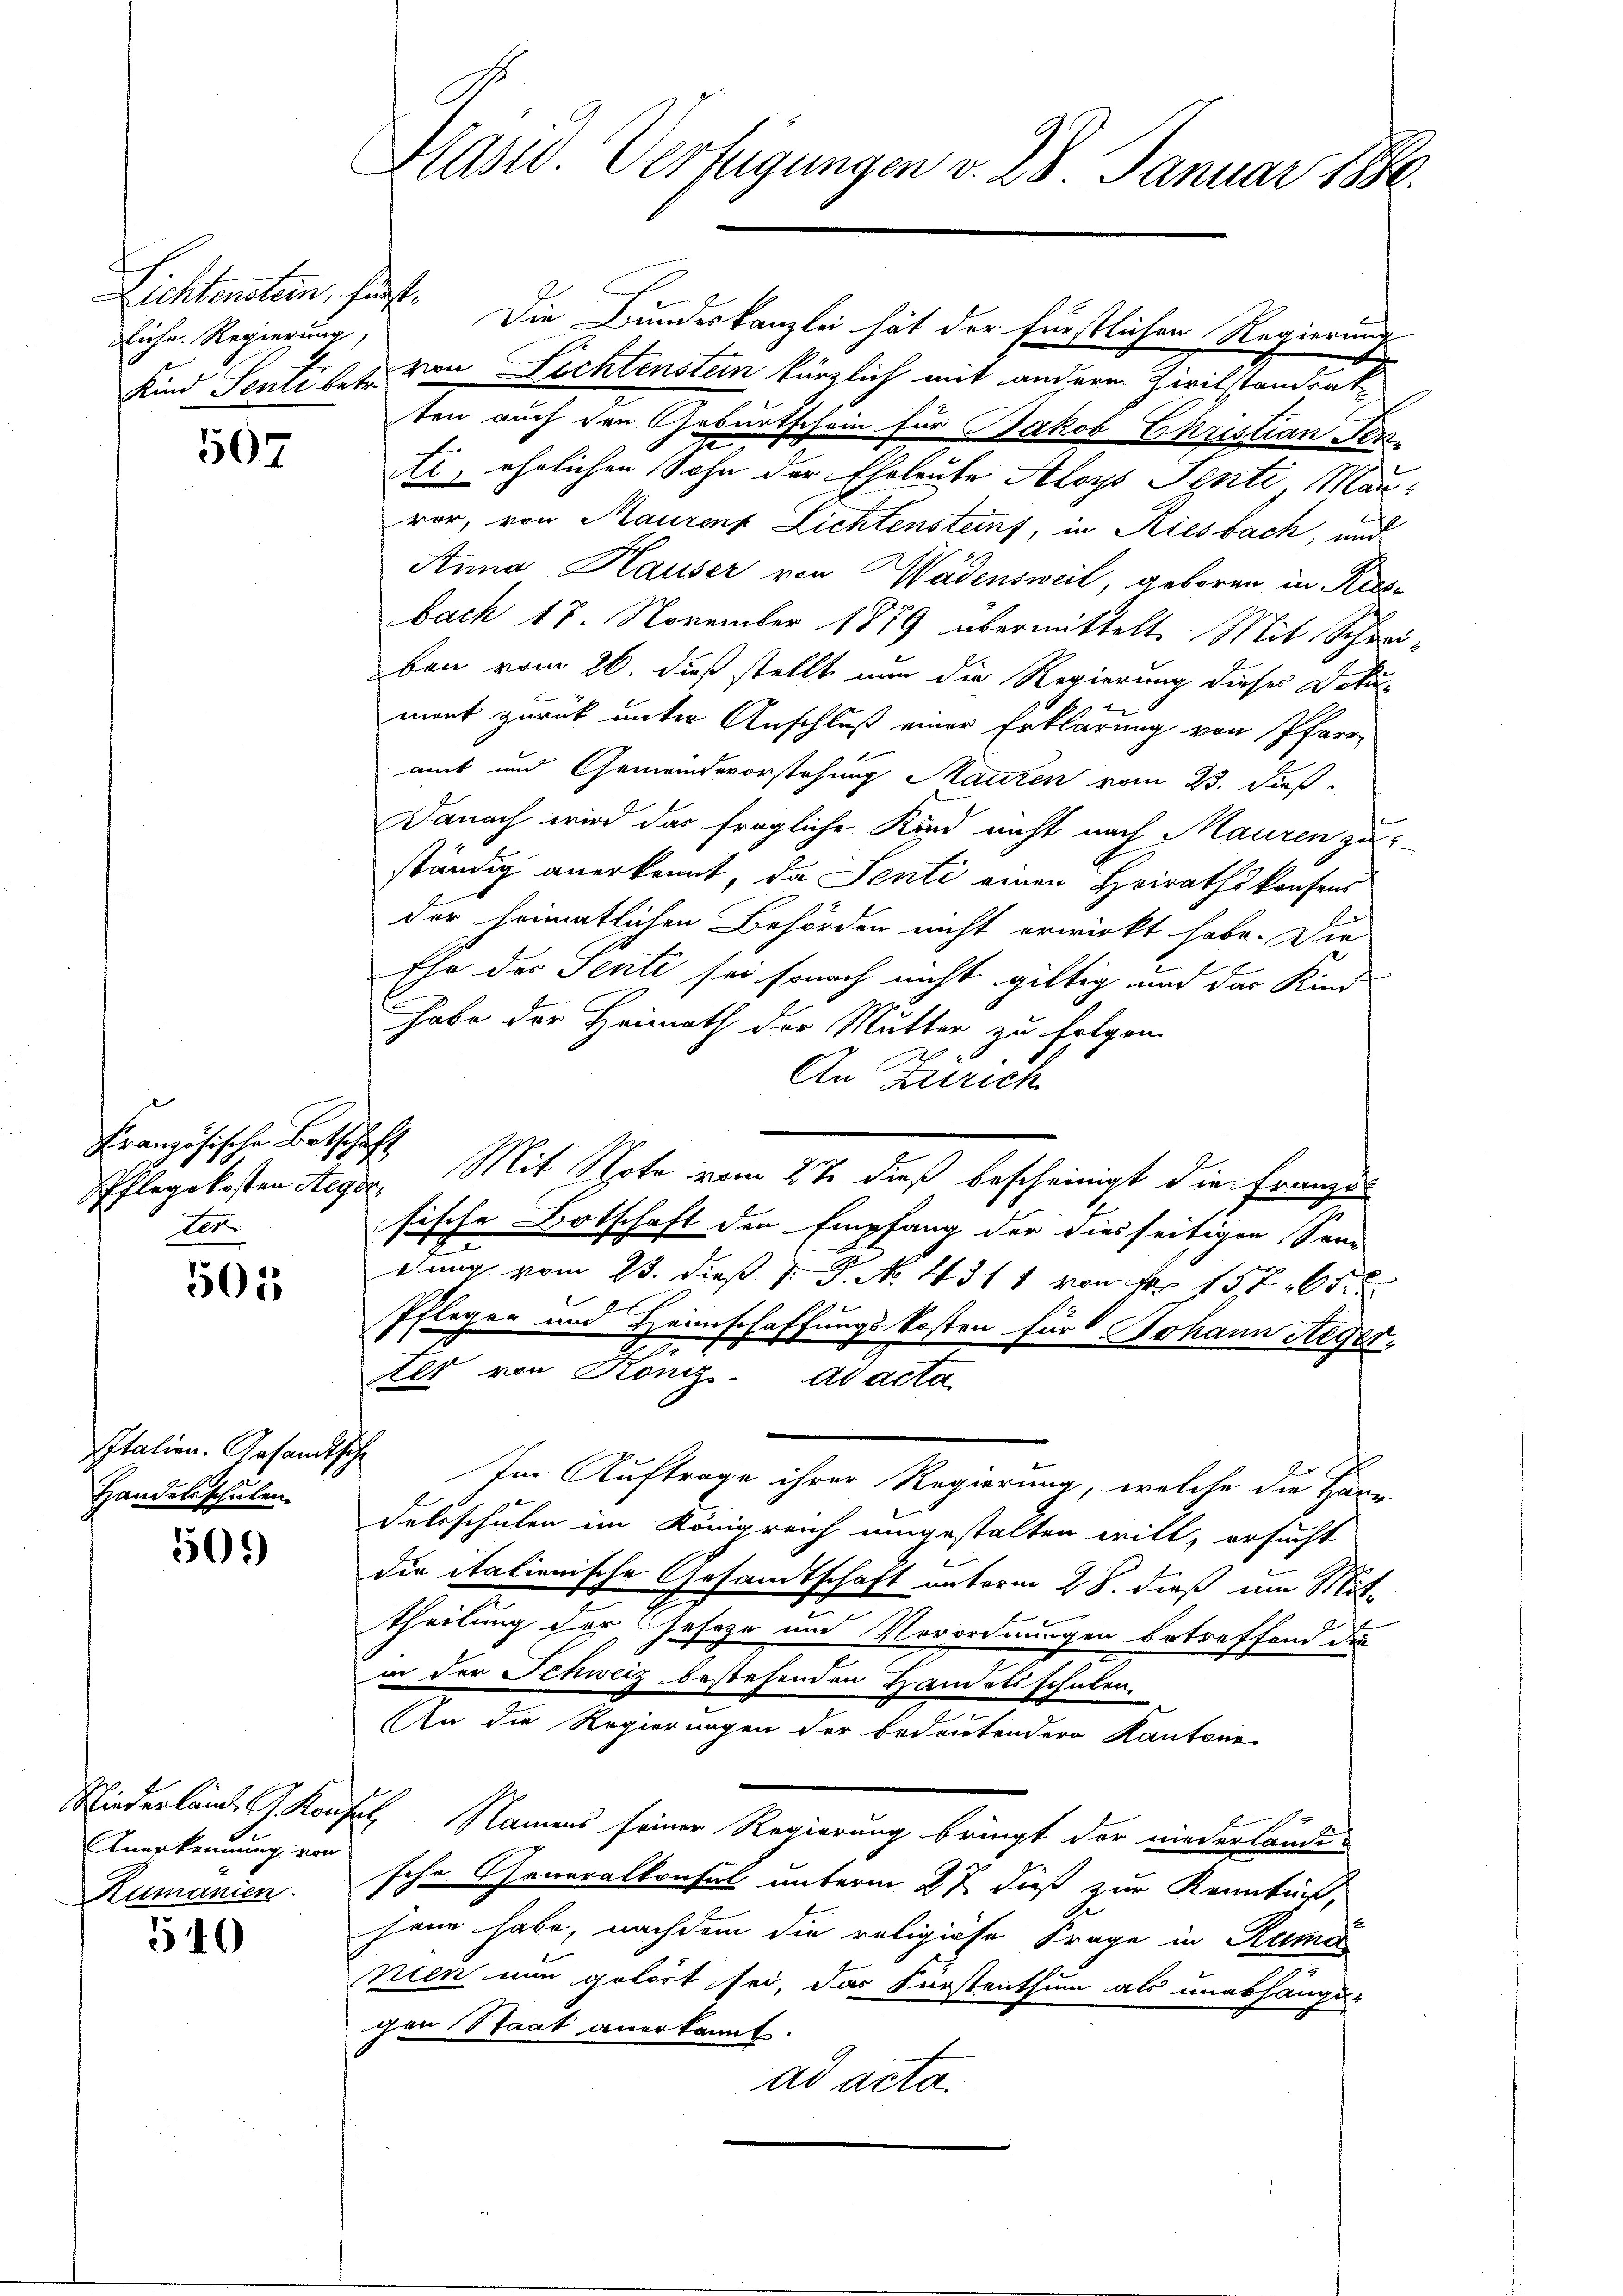
Lichtensten, sonst.
liche Regierung,
Kind Senti betr.

507

Französische Botschaft
der.

501

Italien. Gesandtsche
Handelsschulen.

56.)

Anerkennung von
Zumanien.

540

Präsid. Verfügungen v. 28. Januar 1880.

Die Bundeskanzlei hat der Fürstlichen Regierung
von Lichtenstein kürzlich mit andern Zivilstandsat
ten auch den Geburtschein für Jakob Ehristian Perti, ehelichen Sohn der Eheleute Aloys Senti, Maurer, von Maurenz Lichtensteinf, in Riesbach, und
Anna Hauser von Wädensweil, geboren in Riesbach 17. November 1879 übermittelt. Mit Schreiben vom 26. dieß stellt nun die Regierung dieses Doku-
ment zurück unter Anschluß einer Erklärung von Pfarr-
amt und Gemeindevorstehung Mauren vom 23. dieß
Danach wird das fragliche Kind nicht nach Mauren zu
ständig anerkennt, da Senti einen Heirathskonsens
der heimatlichen Behörden nicht erwirkt habe. Die
Ehe der Senti sei sonach nicht giltig und das Kind
habe der Heimath der Mutter zu folgen.
An Zürich
Pflegekosten Steger, Mit Note vom 27. dieß bescheinigt die Franzes
sische Botschaft den Empfang der diesseitigen Sonn
e
dung vom 23. dieß v. J. N. 431 1 von 1575
Pflegen und Heimschaffungskosten für Johann Aeger.
Als von König. ad acta
Im Auftrage ihrer Regierung, welche die Hänn
delsschulen im Königreich umgestalten will, ersucht
die italienische Gesandtschaft unterm 28. dieß um Mit-
theilung der Geseze und Verordnungen betreffend die
in der Schweiz bestehenden Handelsschulen.
An die Regierungen der bedeutendern Kantone
Niederland. J. Konsul Namens seiner Regierung bringt der niederlaudische Generalkonsul unterm 27. dieß zur Kenntur,
hern habe, nachdem die religiöse Frage in Ruma
nien nun getört sei, das Fürstenthum als unabhänge-
gen Staat anerkannt.
ad acta.